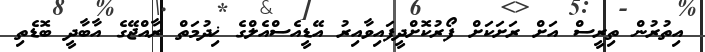
އިތުރުން ތިރީސް އަށް ރަށަކަށް ފޯރުކޮށްދީފައިވާއިރު އޭޑީއެސްއެލްގެ ޚިދުމަތް ރާއްޖޭގެ އާބާދީ ބޮޑެތި